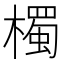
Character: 㯮